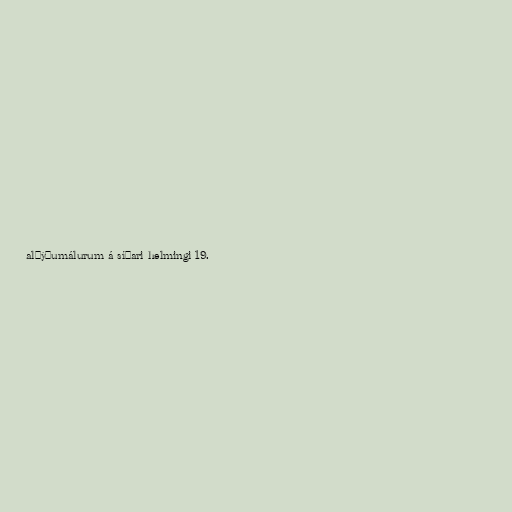
alþýðumálurum á síðari helmingi 19.